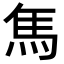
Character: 𩡨